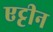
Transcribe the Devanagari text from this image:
एट्टीन